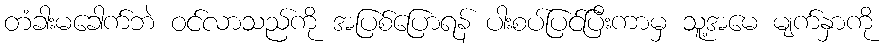
တံခါးမခေါက်ဘဲ ဝင်လာသည်ကို အပြစ်ပြောရန် ပါးစပ်ပြင်ပြီးကာမှ သူ့အမေ မျက်နှာကို